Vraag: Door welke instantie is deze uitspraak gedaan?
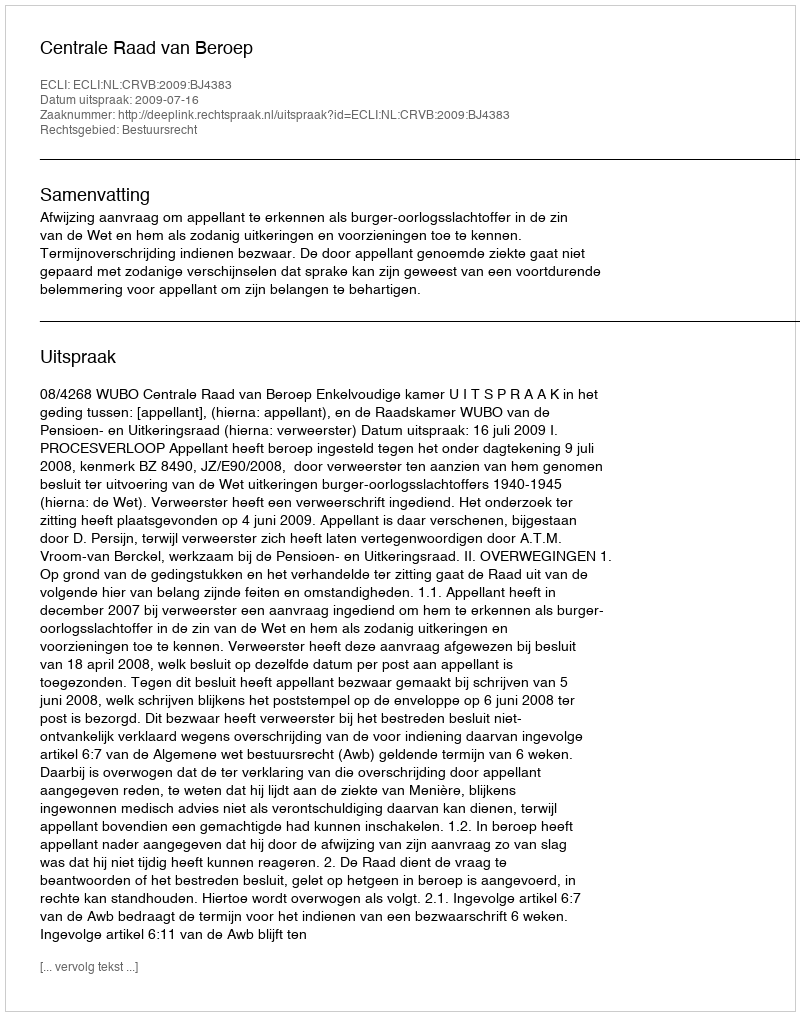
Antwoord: Centrale Raad van Beroep